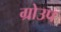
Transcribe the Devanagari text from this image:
ग्रोउप